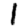
Digit: 1